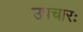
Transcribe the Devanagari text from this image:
उपचारः